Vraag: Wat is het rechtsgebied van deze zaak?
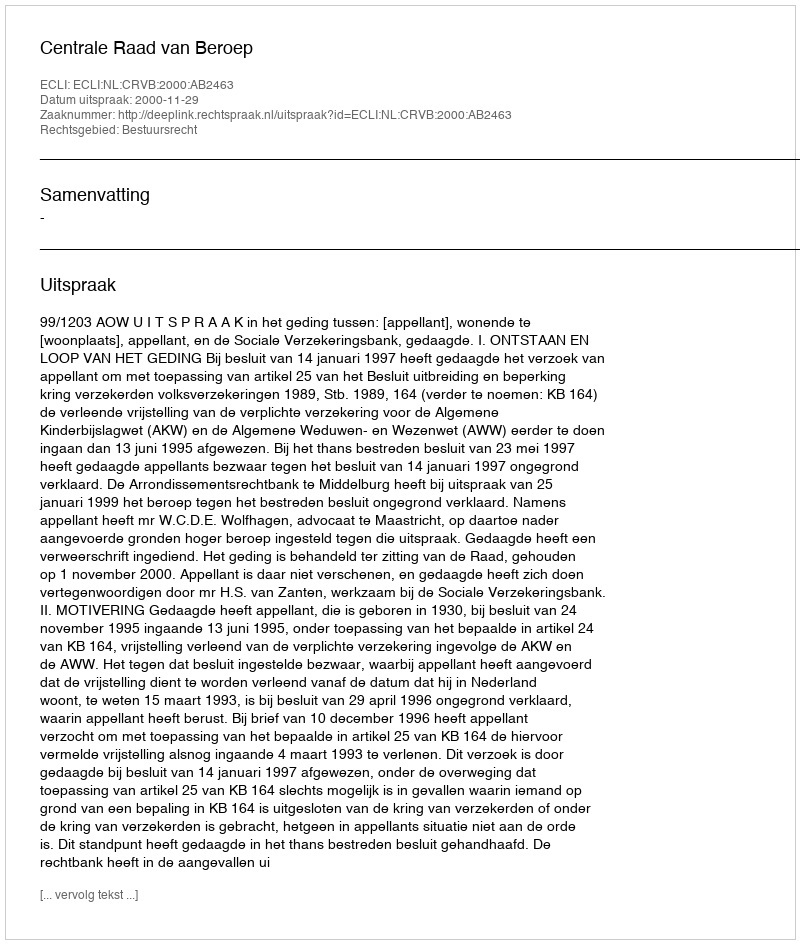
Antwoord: Bestuursrecht